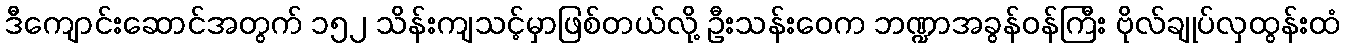
ဒီကျောင်းဆောင်အတွက် ၁၅၂ သိန်းကျသင့်မှာဖြစ်တယ်လို့ ဦးသန်းဝေက ဘဏ္ဍာအခွန်ဝန်ကြီး ဗိုလ်ချုပ်လှထွန်းထံ